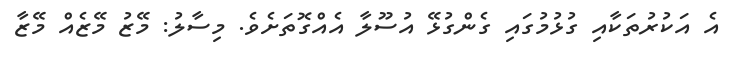
އެ އަކުރުތަކާއި ގުޅުމުގައި ގެންގުޅޭ އުސޫލާ އެއްގޮތަށެވެ. މިސާލު: މޭޒު މޭޒެއް މޭޒާ